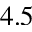
4 . 5